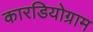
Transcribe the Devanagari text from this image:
कारडियोग्राम